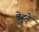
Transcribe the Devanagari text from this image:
ठेहुने